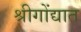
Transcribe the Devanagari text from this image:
श्रीगोंद्यात